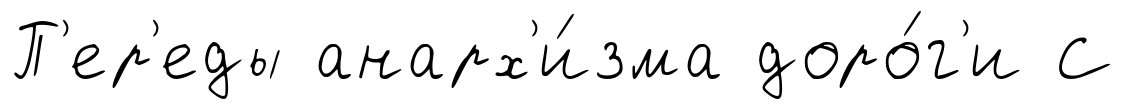
П'ер'еды анарх'и́зма доро́г'и С